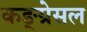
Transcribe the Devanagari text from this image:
कङ्ग्रेसल